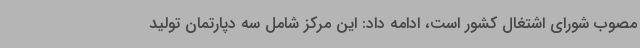
مصوب شورای اشتغال کشور است، ادامه داد: این مرکز شامل سه دپارتمان تولید